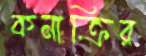
কনাক্রির